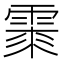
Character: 𩃲